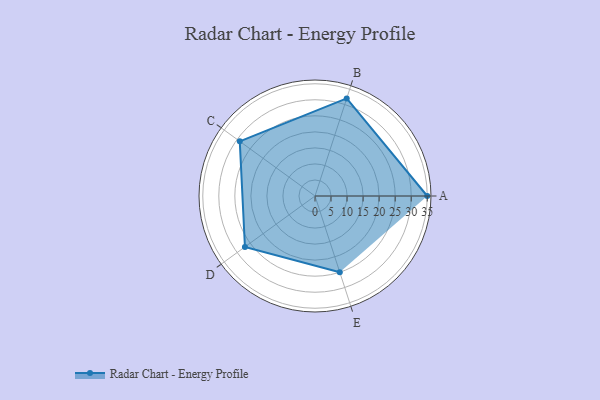
{"axis": {"x": "Skill", "y": "Score"}, "legend": ["Profile"], "data": [{"x": "A", "y": 35.0, "type": "Profile"}, {"x": "B", "y": 32.0, "type": "Profile"}, {"x": "C", "y": 29.0, "type": "Profile"}, {"x": "D", "y": 27.0, "type": "Profile"}, {"x": "E", "y": 25.0, "type": "Profile"}]}